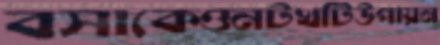
বসাকেওনটখটিউপায়ন